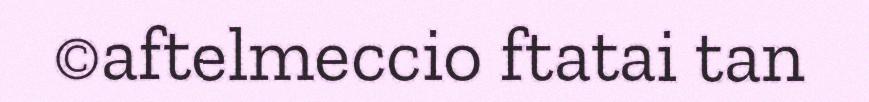
©aftelmeccio ftatai tan